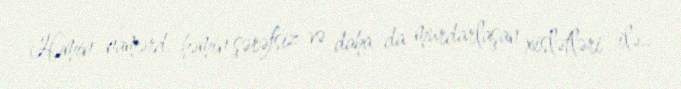
Həmin namərd, həmin şərəfsiz və daha da murdarlaşan xislətləri ilə..